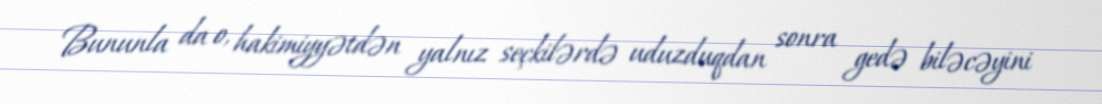
Bununla da o, hakimiyyətdən yalnız seçkilərdə uduzduqdan sonra gedə biləcəyini